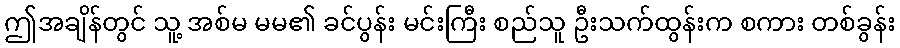
ဤအချိန်တွင် သူ့ အစ်မ မမ၏ ခင်ပွန်း မင်းကြီး စည်သူ ဦးသက်ထွန်းက စကား တစ်ခွန်း